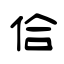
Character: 佮